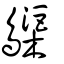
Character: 𪆫